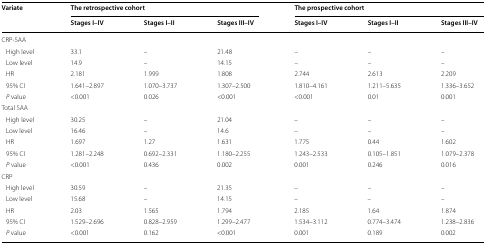
| <ROWSPAN=2> Variate | <COLSPAN=3> The retrospective cohort | <COLSPAN=3> The prospective cohort |
 | Stages I–IV | Stages I–II | Stages III–IV | Stages I–IV | Stages I–II | Stages III–IV |
 | --- | --- | --- | --- | --- | --- | --- |
 | <COLSPAN=7> CRP-SAA |
 | High level | 33.1 | – | 21.48 | – | – | – |
 | Low level | 14.9 | – | 14.15 | – | – | – |
 | HR | 2.181 | 1.999 | 1.808 | 2.744 | 2.613 | 2.209 |
 | 95% CI | 1.641–2.897 | 1.070–3.737 | 1.307–2.500 | 1.810–4.161 | 1.211–5.635 | 1.336–3.652 |
 | P value | <0.001 | 0.026 | <0.001 | <0.001 | 0.01 | 0.001 |
 | <COLSPAN=7> Total SAA |
 | High level | 30.25 | – | 21.04 | – | – | – |
 | Low level | 16.46 | – | 14.6 | – | – | – |
 | HR | 1.697 | 1.27 | 1.631 | 1.775 | 0.44 | 1.602 |
 | 95% CI | 1.281–2.248 | 0.692–2.331 | 1.180–2.255 | 1.243–2.533 | 0.105–1.851 | 1.079–2.378 |
 | P value | <0.001 | 0.436 | 0.002 | 0.001 | 0.246 | 0.016 |
 | <COLSPAN=7> CRP |
 | High level | 30.59 | – | 21.35 | – | – | – |
 | Low level | 15.68 | – | 14.15 | – | – | – |
 | HR | 2.03 | 1.565 | 1.794 | 2.185 | 1.64 | 1.874 |
 | 95% CI | 1.529–2.696 | 0.828–2.959 | 1.299–2.477 | 1.534–3.112 | 0.774–3.474 | 1.238–2.836 |
 | P value | <0.001 | 0.162 | <0.001 | 0.001 | 0.189 | 0.002 |